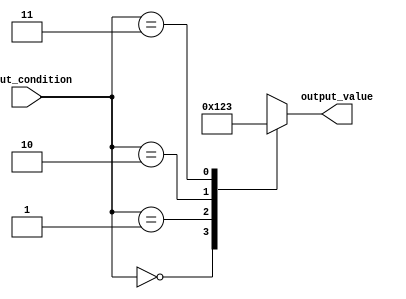
module generate_case (
    input [1:0] input_condition,
    output reg [3:0] output_value
);

always @(*) begin
    case (input_condition)
        2'b00: output_value = 4'b0000;
        2'b01: output_value = 4'b0001;
        2'b10: output_value = 4'b0010;
        2'b11: output_value = 4'b0011;
        default: output_value = 4'b0000;
    endcase
end

endmodule